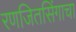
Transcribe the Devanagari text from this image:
रणजितसिंगाचा